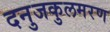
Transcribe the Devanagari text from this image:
दनुजकुलमरण